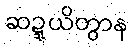
ဆဍ္ဍယိတွာန